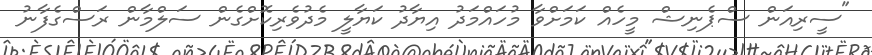
"ސީރިއަން ސްޕެނިޝް މީހެއް ކަމަށްވާ މުހައްމަދު އިޔާދު ކަޔާލީ މެދުވެރިކޮށްގެން ސަލްމާން ރަސްގެފާނު